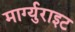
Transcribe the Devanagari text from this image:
मार्ग्युराइट